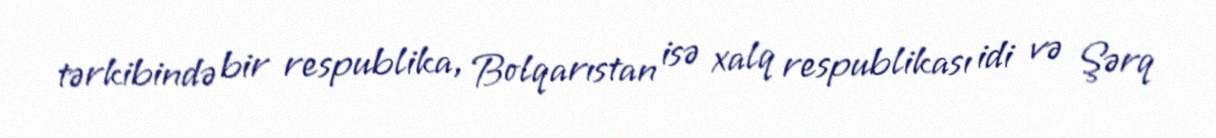
tərkibində bir respublika, Bolqarıstan isə xalq respublikası idi və Şərq